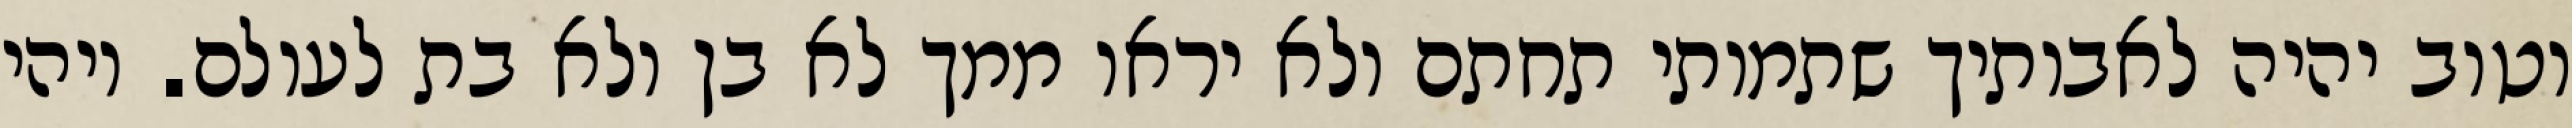
וטוב יהיה לאבותיך שתמותי תחתם ולא יראו ממך לא בן ולא בת לעולם. ויהי